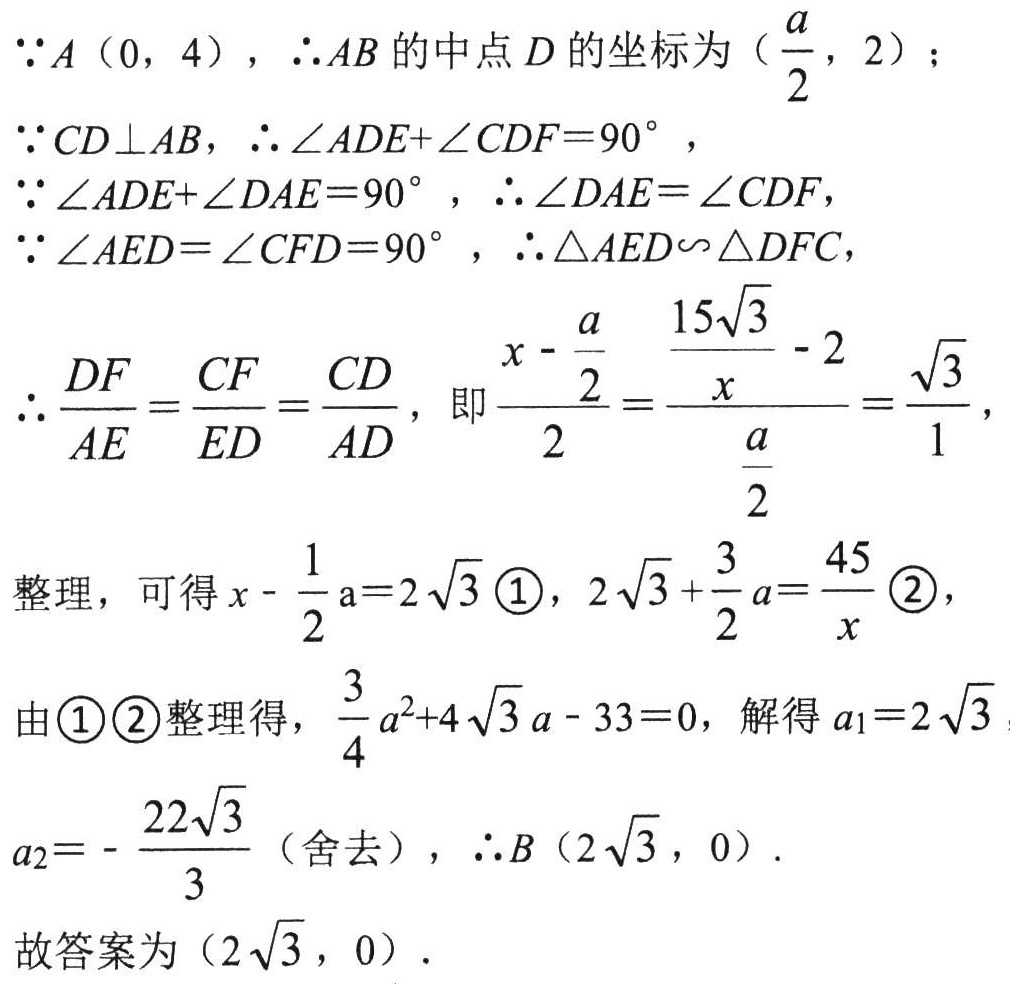
\(\because A(0,4)\)，\(\therefore AB\)的中点\(D\)的坐标为\((\frac{a}{2},2)\)；
\(\because CD\perp AB\)，\(\therefore \angle ADE+\angle CDF = 90^{\circ}\)，
\(\because \angle ADE+\angle DAE = 90^{\circ}\)，\(\therefore \angle DAE=\angle CDF\)，
\(\because \angle AED=\angle CFD = 90^{\circ}\)，\(\therefore \triangle AED\sim\triangle DFC\)，
\(\therefore \frac{DF}{AE}=\frac{CF}{ED}=\frac{CD}{AD}\)，即\(\frac{x - \frac{a}{2}}{2}=\frac{\frac{15\sqrt{3}}{x}-2}{\frac{a}{2}}=\frac{\sqrt{3}}{1}\)，
整理，可得\(x - \frac{1}{2}a = 2\sqrt{3}\ \textcircled{1}\)，\(2\sqrt{3}+\frac{3}{2}a=\frac{45}{x}\ \textcircled{2}\)，
由\(\textcircled{1}\textcircled{2}\)整理得，\(\frac{3}{4}a^{2}+4\sqrt{3}a - 33 = 0\)，解得\(a_{1}=2\sqrt{3}\)，
\(a_{2}=-\frac{22\sqrt{3}}{3}\)（舍去），\(\therefore B(2\sqrt{3},0)\).
故答案为\((2\sqrt{3},0)\).